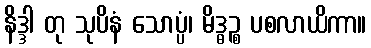
နိဒ္ဒါ တု သုပိနံ သောပ္ပံ၊ မိဒ္ဓဉ္စ ပစလာယိကာ။